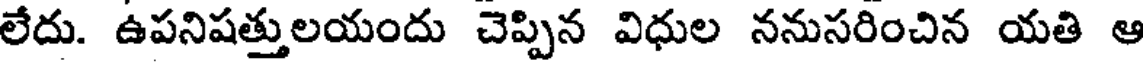
లేదు. ఉపనిషత్తులయందు చెప్పిన విధుల ననుసరించిన యతి ఆ